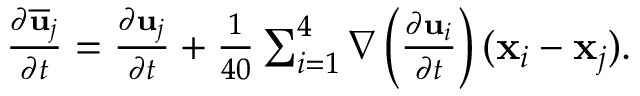
\begin{array} { r } { \frac { \partial \overline { { \bf u } } _ { j } } { \partial t } = \frac { \partial { \bf u } _ { j } } { \partial t } + \frac { 1 } { 4 0 } \sum _ { i = 1 } ^ { 4 } \nabla \left( \frac { \partial { \bf u } _ { i } } { \partial t } \right) ( { \bf x } _ { i } - { \bf x } _ { j } ) . } \end{array}